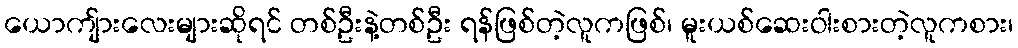
ယောကျ်ားလေးများဆိုရင် တစ်ဦးနဲ့တစ်ဦး ရန်ဖြစ်တဲ့လူကဖြစ်၊ မူးယစ်ဆေးဝါးစားတဲ့လူကစား၊